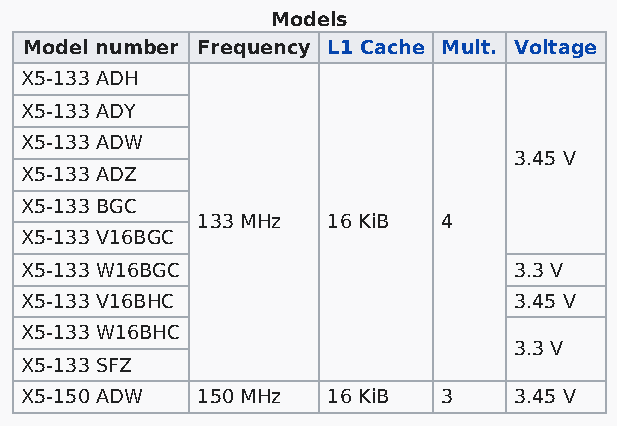
Models
 Model number Frequency L1 Cache Mult. Voltage
 X5-133 ADH
 X5-133 ADY
 X5-133 ADW
 3.45 V
 X5-133 ADZ
 X5-133 BGC
 133 MHz  16 KiB 4
 X5-133 V16BGC
 X5-133 W16BGC                    3.3 V
 X5-133 V16BHC                    3.45 V
 X5-133 W16BHC
 3.3 V
 X5-133 SFZ
 X5-150 ADW  150 MHz  16 KiB 3    3.45 V